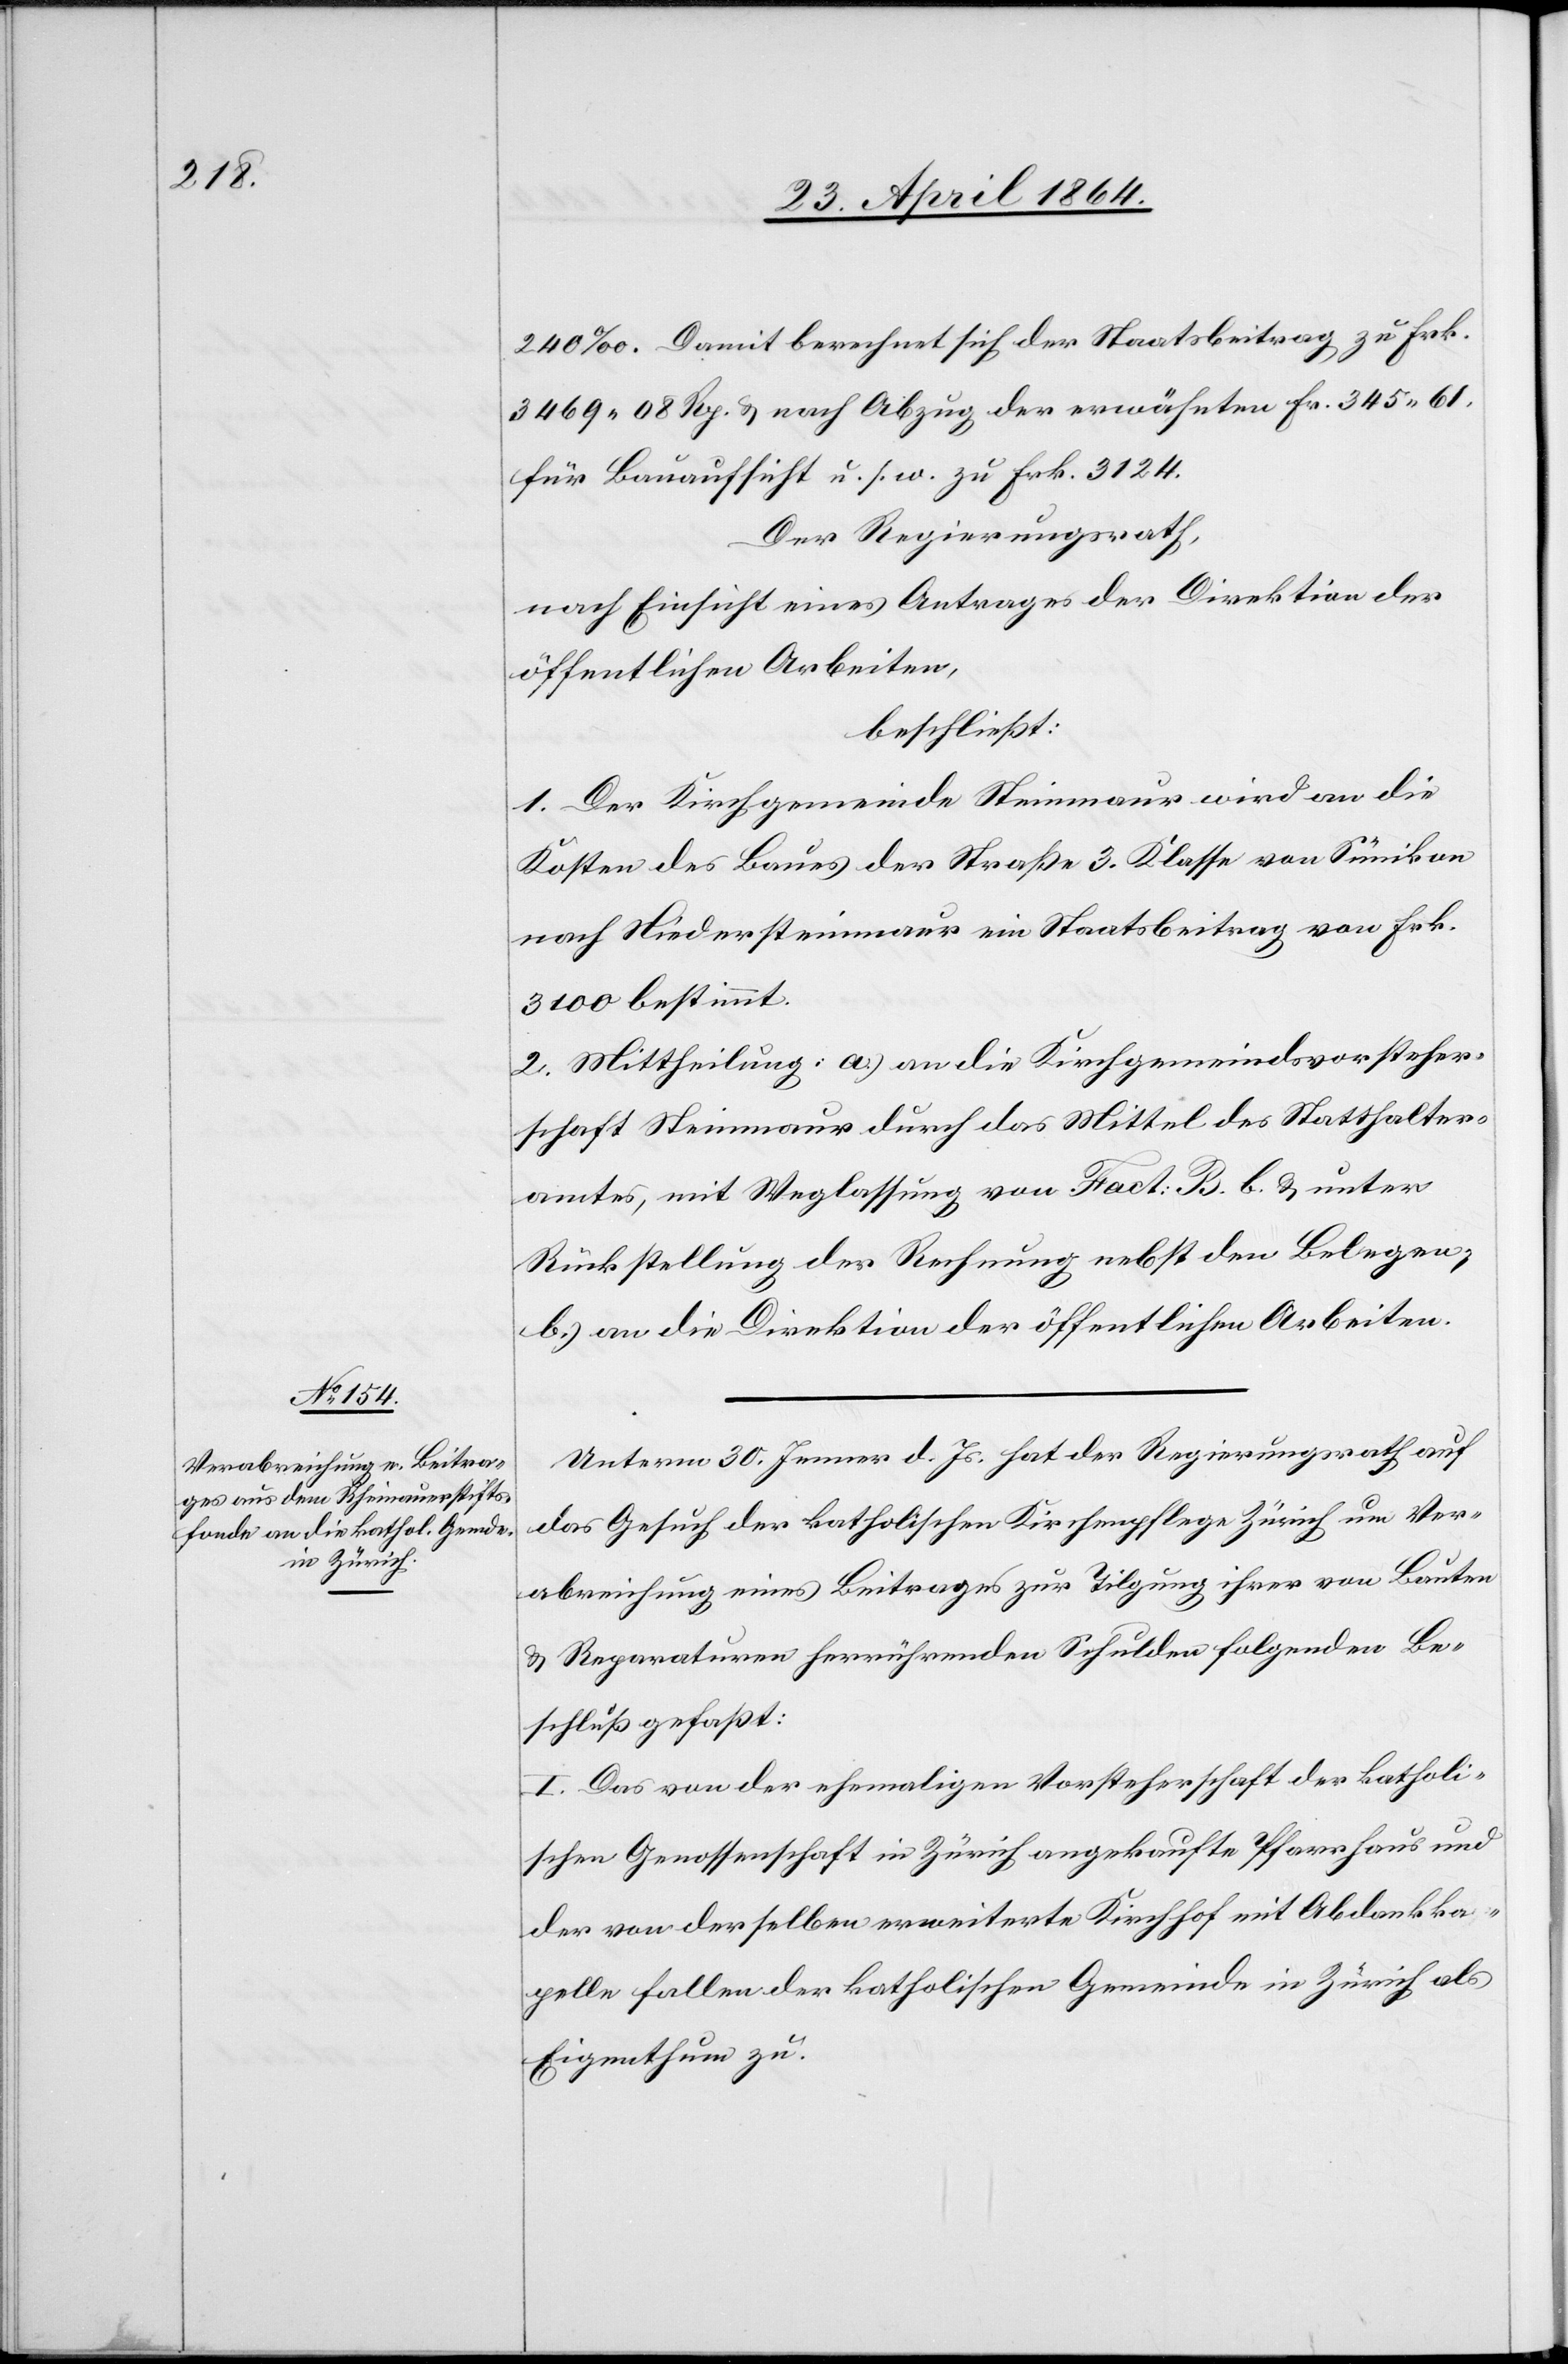
240‰. Damit berechnet sich der Staatsbeitrag zu Frk.
3469 08 Rp. u. nach Abzug der erwähnten Fr. 345 61
für Bauaufsicht u. s. w. zu Frk. 3124.
Der Regierungsrath,
nach Einsicht eines Antrages der Direktion der
öffentlichen Arbeiten,
beschließt:
1. Der Kirchgemeinde Steinmaur wird an die
Kosten des Baues der Straße 3. Klasse von Sünikon
nach Niedersteinmaur ein Staatsbeitrag von Frk.
3100 bestimmt.
2. Mittheilung: a.) an die Kirchgemeindsvorsteher¬
schaft Steinmaur durch das Mittel des Statthalter¬
amtes, mit Weglassung von Fact: B. b. u. unter
Rückstellung der Rechnung nebst den Belegen,
b.) an die Direktion der öffentlichen Arbeiten.
Unterm 30. Jenner d. Js. hat der Regierungsrath auf
das Gesuch der katholischen Kirchenpflege Zürich um Ver¬
abreichung eines Beitrages zur Tilgung ihrer von Bauten
u. Reparaturen herrührenden Schulden folgenden Be¬
schluß gefaßt:
I. Das von der ehemaligen Vorsteherschaft der katholi¬
schen Genossenschaft in Zürich angekaufte Pfarrhaus und
der von der selben erweiterte Kirchhof mit Abdankka¬
pelle fallen der katholischen Gemeinde in Zürich als
Eigenthum zu.